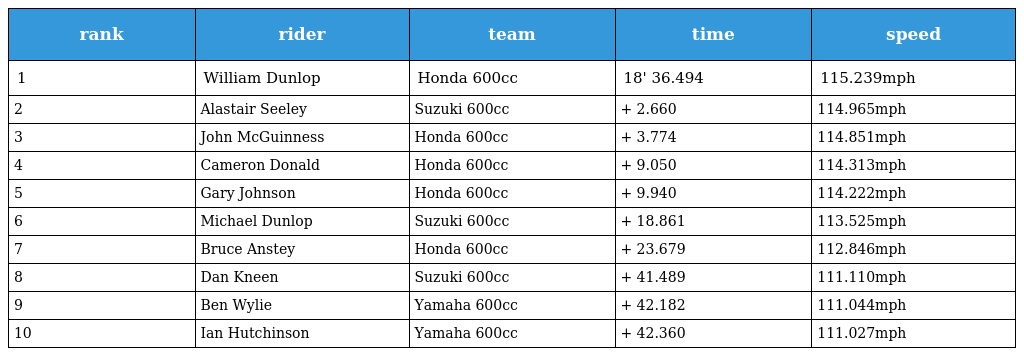
| rank | rider | team | time | speed |
 | --- | --- | --- | --- | --- |
 | 1 | William Dunlop | Honda 600cc | 18' 36.494 | 115.239mph |
 | 2 | Alastair Seeley | Suzuki 600cc | + 2.660 | 114.965mph |
 | 3 | John McGuinness | Honda 600cc | + 3.774 | 114.851mph |
 | 4 | Cameron Donald | Honda 600cc | + 9.050 | 114.313mph |
 | 5 | Gary Johnson | Honda 600cc | + 9.940 | 114.222mph |
 | 6 | Michael Dunlop | Suzuki 600cc | + 18.861 | 113.525mph |
 | 7 | Bruce Anstey | Honda 600cc | + 23.679 | 112.846mph |
 | 8 | Dan Kneen | Suzuki 600cc | + 41.489 | 111.110mph |
 | 9 | Ben Wylie | Yamaha 600cc | + 42.182 | 111.044mph |
 | 10 | Ian Hutchinson | Yamaha 600cc | + 42.360 | 111.027mph |